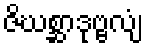
ဇိဃစ္ဆာဒုဗ္ဗလျံ